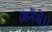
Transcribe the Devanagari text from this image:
अनैसे।।